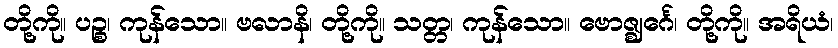
တို့ကို။ ပဉ္စ၊ ကုန်သော။ ဗလာနိ၊ တို့ကို။ သတ္တ၊ ကုန်သော။ ဗောဇ္ဈင်္ဂေ၊ တို့ကို။ အရိယံ၊